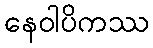
နေဝါပိကဿ